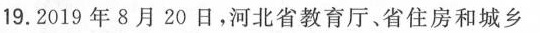
19.2019年8月20日，河北省教育厅、省住房和城乡